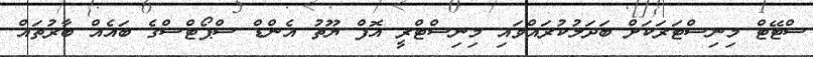
ސްޓޭޓް މިނިސްޓަރަކަށް ބަދަލުކުރައްވައި މިނިސްޓްރީ އޮފް ޔޫތު އެންޑް ސްޕޯޓްސްގެ ބައެއް ބާރުތައް